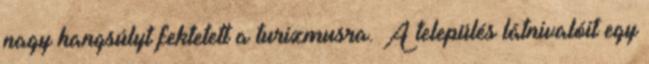
nagy hangsúlyt fektetett a turizmusra. A település látnivalóit egy